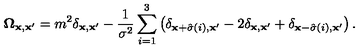
{ \bf \Omega } _ { { \bf x } , { \bf x ^ { \prime } } } = m ^ { 2 } \delta _ { { \bf x } , { \bf x ^ { \prime } } } - { \frac { 1 } { \sigma ^ { 2 } } } \sum _ { i = 1 } ^ { 3 } \left( \delta _ { { \bf x } + \hat { \sigma } \left( i \right) , { \bf x ^ { \prime } } } - 2 \delta _ { { \bf x } , { \bf x ^ { \prime } } } + \delta _ { { \bf x } - \hat { \sigma } \left( i \right) , { \bf x ^ { \prime } } } \right) .